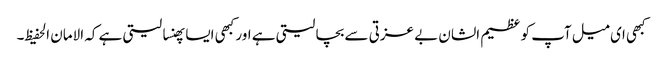
کبھی ای میل آپ کو عظیم الشان بے عزتی سے بچا لیتی ہے اور کبھی ایسا پھنسا لیتی ہے کہ الامان الحفیظ۔